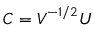
\boldsymbol { C } = \boldsymbol { V } ^ { - 1 / 2 } \boldsymbol { U }